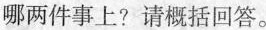
哪两件事上?请概括回答。